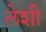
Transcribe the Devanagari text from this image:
लेशी